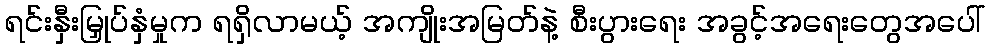
ရင်းနှီးမြှုပ်နှံမှုက ရရှိလာမယ့် အကျိုးအမြတ်နဲ့ စီးပွားရေး အခွင့်အရေးတွေအပေါ်